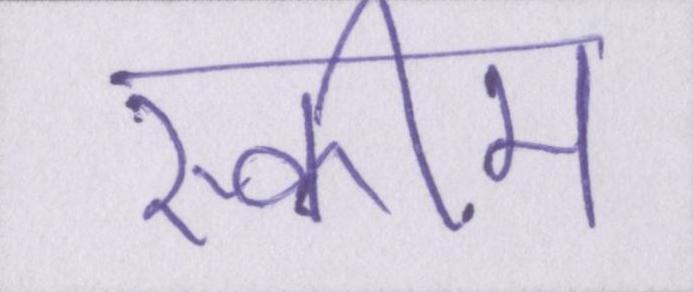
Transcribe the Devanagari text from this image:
स्कीम